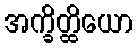
အက္ခိတ္ထိယော